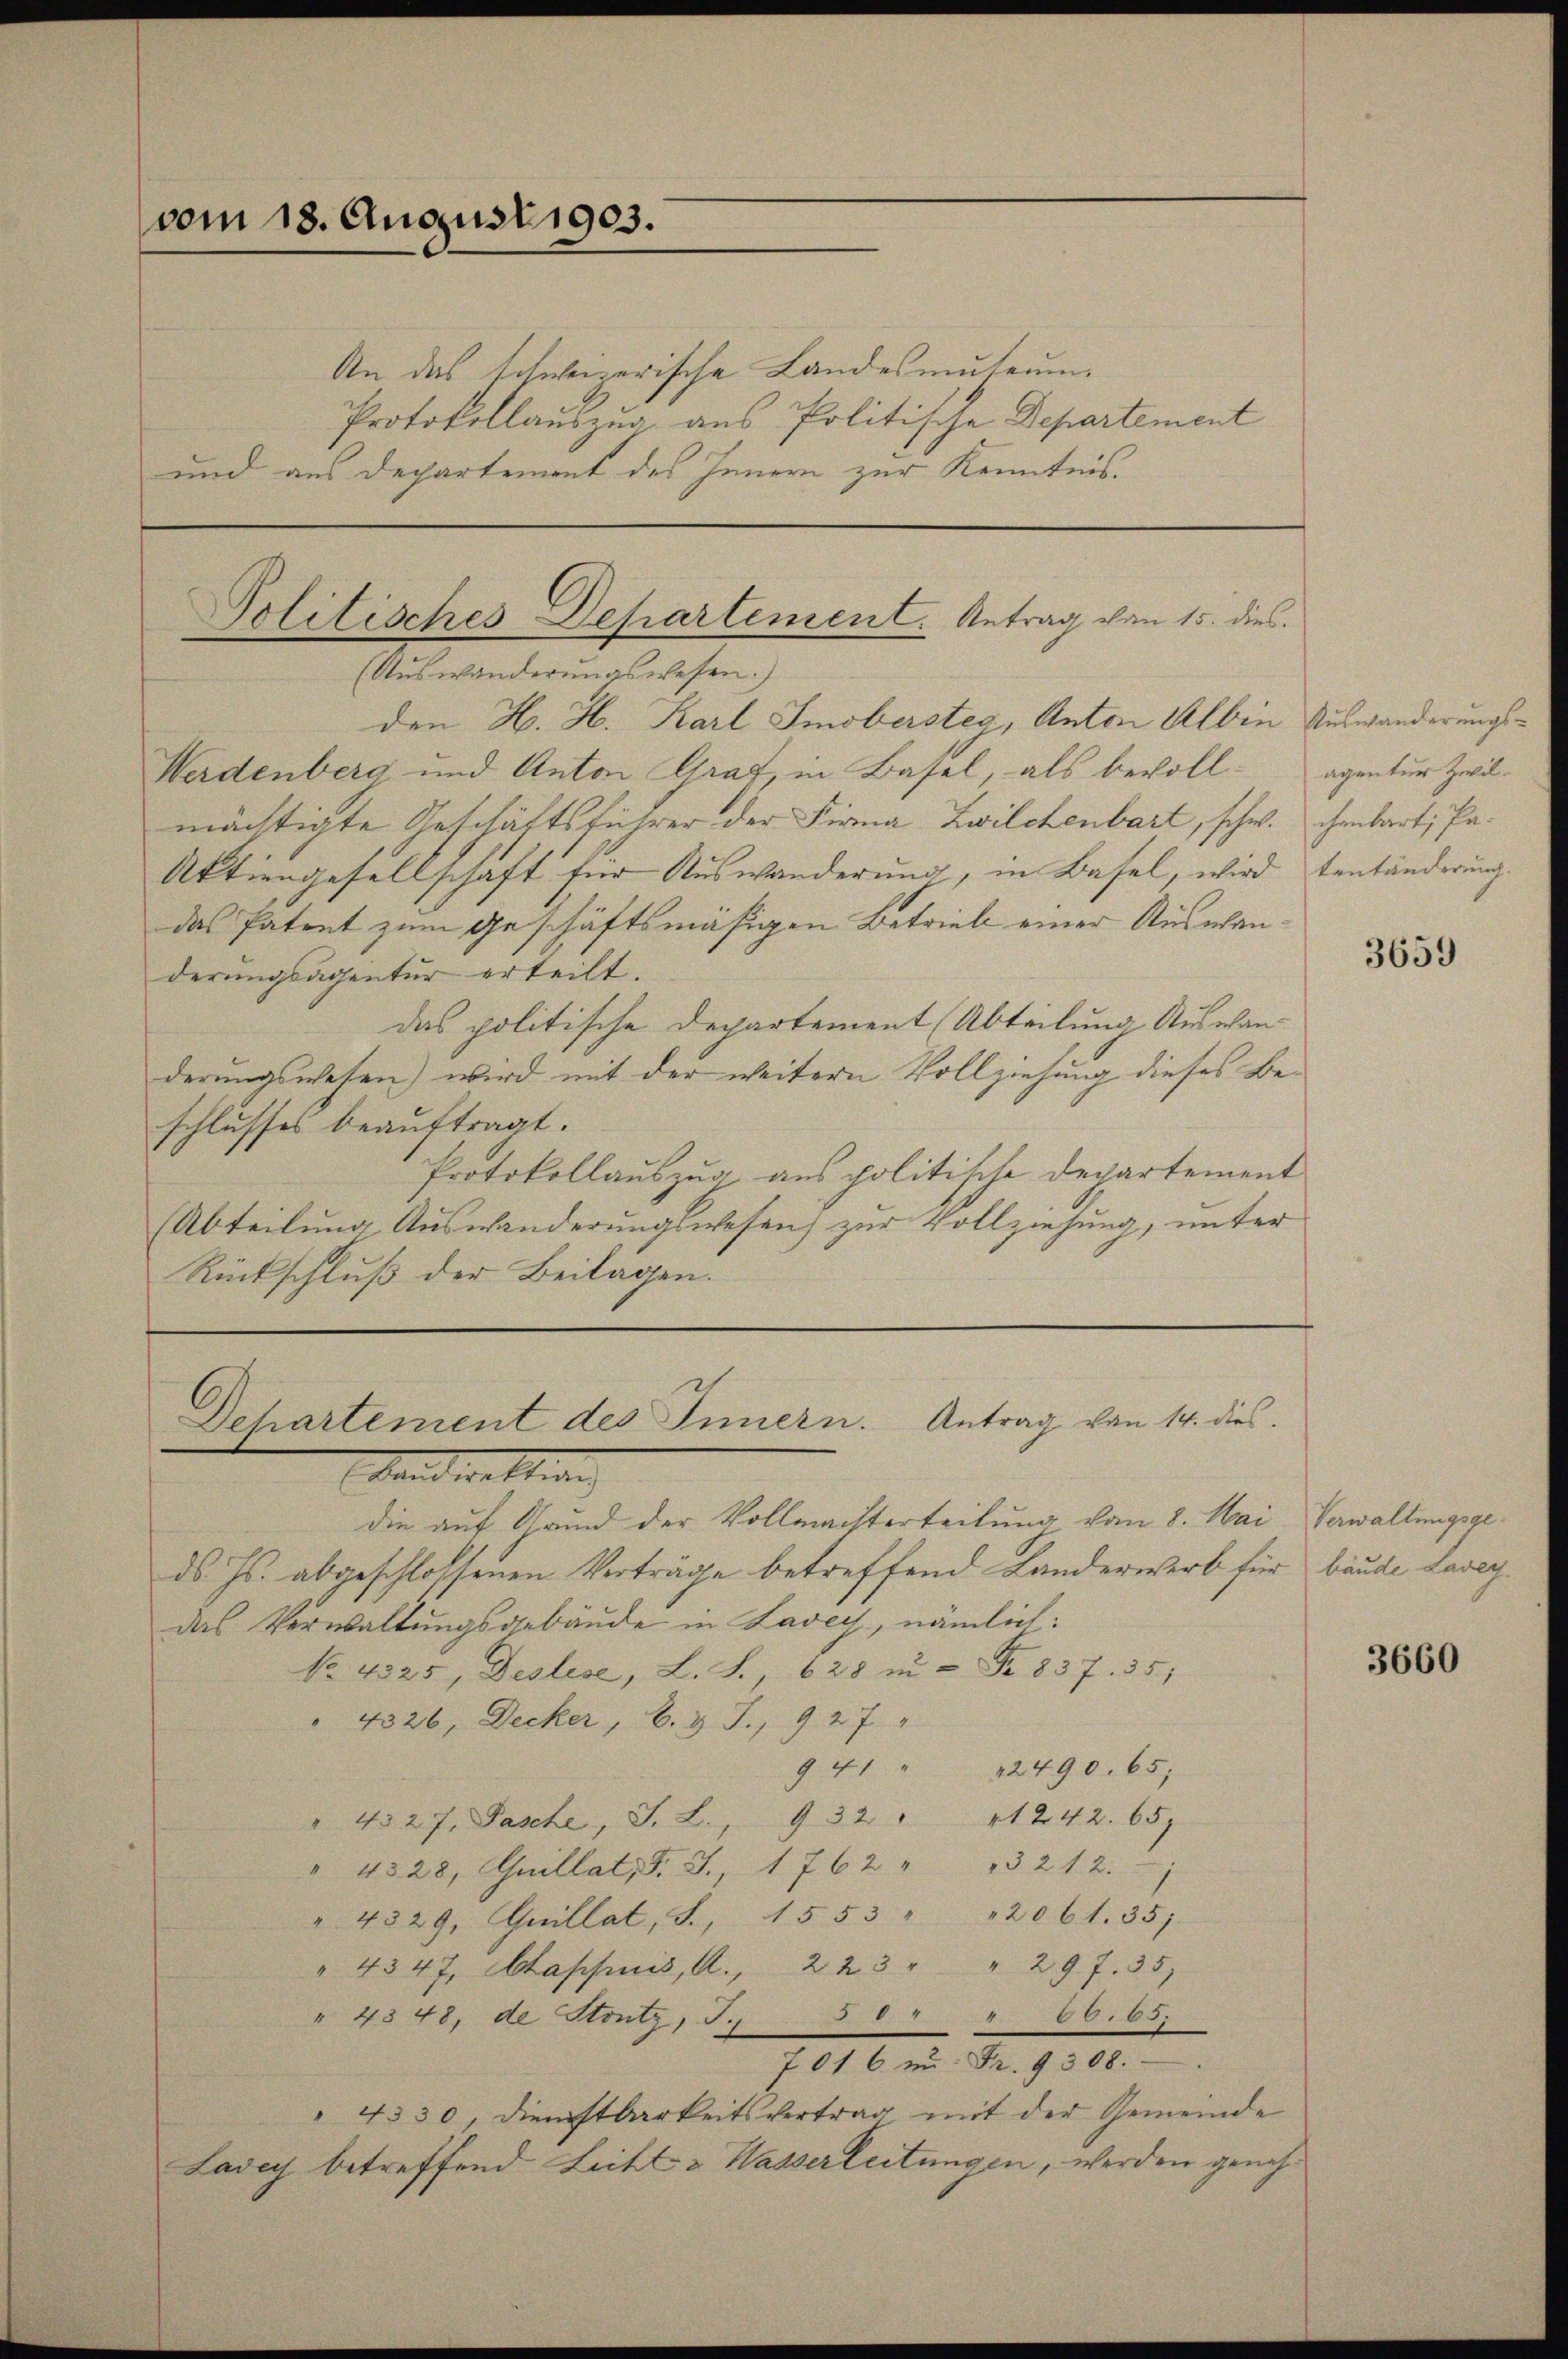
vom 18. August 1903.

An das schweizerische Landesmuseum.
Protokollauszug aus Politische Departement
und aus Departement des Innern zur Kenntnis.

Politisches Departement. Antrag von 15. dies
(Auswanderungswesen.)
den H. H. Karl Smobersteg, Anton Albin Auswanderungs¬

Werdenberg und Anton Graf, in Basel, als bevoll- agentur Zwil-
mächtigte Geschäftsführer der Firma Zwilchenbart, schw. ihmbart, Pa¬
Aktiengesellschaft für Auswanderung, in Basel, wird tentänderung
das Patent zum Geschäftsmäßigen Betrieb einer Auswanderungsagentur erteilt.
das politische Departement (Abteilung Auswanderungswesen) wird mit der weitern Vollziehung dieses Beschlusses beauftragt.
Protokollauszug aus politische Departement
(Abteilung Auswanderungswesen) zur Vollziehung, unter
Rückschluß der Beilagen.

Dehartement des Innern. Antrag von 14. dies
andwellung

die auf Grund der Vollmachterteilung vom 8. Mai Verwaltungsgeds. Js. abgeschlossenen Verträge betreffend Landerwerb für bäude Laveydas Verwaltungsgebäude in Laver, nämlich:
No. 4325, Deslese, L. S. 628 in - Fr. 837. 35,
" 4326, Decker, b. & J., 927 "
941 " 12490. 65;
" 4327. Pasche, S. L., 932 " 1242. 65
" 4328, Guillat J. J., 1762 " " 212.
" 4529, Quillat, S. 1553 " " 2061. 355)
" 4347, Aappuis, A., 223 " " 297. 35
§ 1062.
" 4348, de Strutz, T.
7016 in Fr. 9308.
"4330, dienstbarkeitsvertrag mit der Gemeinde
Lady betreffend Licht & Wasserleitungen, werden geneh¬

3659

3660